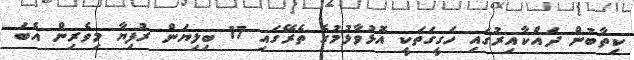
ކިތާބުން ދައްކާއިރުގައި ހަގީގަތަކީ އޮޅުވާޅުމުގެ ތެރޭގައި 17 ބިލިޔަން ރުފިޔާ މިވެރިން އެބަ